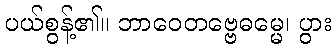
ပယ်စွန့်၏။ ဘာဝေတဗ္ဗေဓမ္မေ၊ ပွား